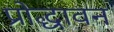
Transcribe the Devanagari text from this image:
प्रोद्धावन